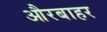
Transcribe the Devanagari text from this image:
औरबाहर